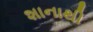
શાનાથી